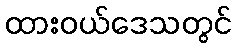
ထားဝယ်ဒေသတွင်